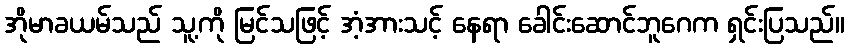
အိုမာခယမ်သည် သူ့ကို မြင်သဖြင့် အံ့အားသင့် နေရာ ခေါင်းဆောင်ဘူဂေက ရှင်းပြသည်။